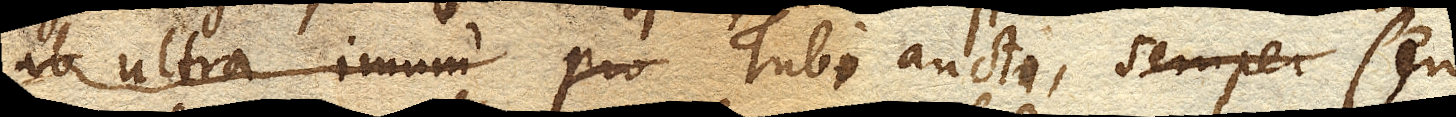
ab ultra imum proportione Tubi aucti,